Report on the cultivation and use of ganja
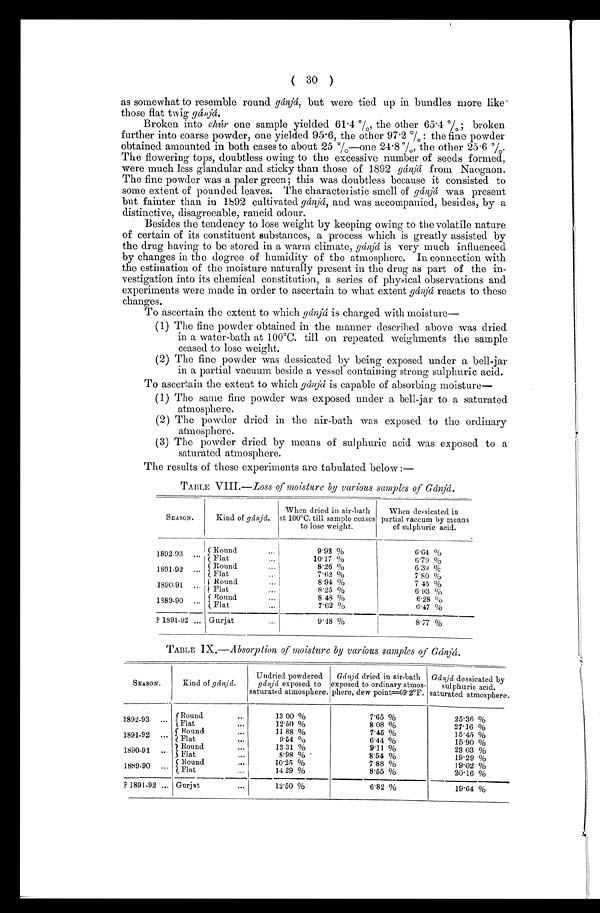
(30)
as somewhat to resemble round gánjá, but were tied up in bundles more like
those flat twig gánjá.
Broken into chúr one sample yielded 61.4%, the other 65.4%; broken
further into coarse powder, one yielded 95.6, the other 97.2%: the fine powder
obtained amounted in both cases to about 25%—one 24.8%, the other 25.6%.
The flowering tops, doubtless owing to the excessive number of seeds formed,
were much less glandular and sticky than those of 1892 gánjá from Naogaon.
The fine powder was a paler green; this was doubtless because it consisted to
some extent of pounded leaves. The characteristic smell of gánjá was present
but fainter than in 1892 cultivated gánjá, and was accompanied, besides, by a
distinctive, disagreeable, rancid odour.
Besides the tendency to lose weight by keeping owing to the volatile nature
of certain of its constituent substances, a process which is greatly assisted by
the drug having to be stored in a warm climate, gánjá is very much influenced
by changes in the degree of humidity of the atmosphere. In connection with
the estimation of the moisture naturally present in the drug as part of the in
-vestigation into its chemical constitution, a series of physical observations and
experiments were made in order to ascertain to what extent gánjá reacts to these
changes.
To ascertain the extent to which gánjá is charged with moisture
( 1 ) T h e f i n e p o w d e r o b t a i n e d i n t h e m a n n e r d e s c r i b e d a b o v e w a s d r i e d
in a water-bath at 100°C. till on repeated weighments the sample
ceased to lose weight.
( 2 ) T h e f i n e p o w d e r w a s d e s s i c a t e d b y b e i n g e x p o s e d u n d e r a b e l l - j a r
in a partial vacuum beside a vessel containing strong sulphuric acid.
To ascertain the extent to which gánjá is capable of absorbing moisture
(1) The same fine powder was exposed under a bell-jar to a saturated
atmosphere.
(2) The powder dried in the air-bath was exposed to the ordinary
atmosphere.
(3) The powder dried by means of sulphuric acid was exposed to a
saturated atmosphere.
The results of these experiments are tabulated below:—
TABLE VIII.—Loss of moisture by various samples of Gánjá.
SEASON.
Kind of gánjá.
When dried in air-bath
at 100°C. till sample ceases
to lose weight.
When dessicated in
partial vaccum by means
of sulphuric acid.
1892-93 . . .
Round . . .
9.93 %
6.64 %
Flat . . .
10.17 %
6.79 %
1891-92 . . . Round . . .
8.26 %
6.39 %
Flat . . .
7.62 %
7.80 %
1890-91 . . .
Round . . .
8.94 %
7.45 %
Flat . . .
8.25 %
6.93 %
1989-90 . . .
Round . . .
8.48 %
6.28%
Flat . . .
7.62 %
6.47 %
? 1891-92 . . . Gurjat . . .
9.48 %
8 . 7 7 %
TABLE IX.— Absorption of moisture by various samples of Gánjá.
SEASON.
Kind of gá njá.
Undried powdered.
gánjá exposed to
saturated atmosphere.
Gánjá dried in air-bath
exposed to ordinary atmos
-phere, dew point=69.2°F.
Gánjá dessicated by
sulphuric acid,
saturated atmosphere.
1892-93 . . .
Round . . .
13.00 %
7.65 %
25.36 %
Flat . . .
12.50 %
8.08 %
27.16 %
1891-92 . . .
Round . . .
11.88 %
7.45 %
15.45 %
Fl at . . .
9. 54 %
6.44 %
15.90 %
1890-91 . . .
Round . . .
13.31 %
9.11 %
23.03 %
Flat . . .
8.98 %
8.54 %
19.29 %
1889-90 . . .
Round . . .
10.25 %
7.88 %
19.02 %
Flat . . . 14. 29 %
8.55 %
20.16 %
? 1891-92 . . . Gurjat . . .
12. 50 %
6.82 %
19.64 %